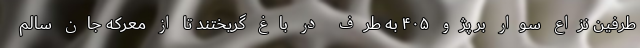
طرفین نزاع سوار بر پژو ۴۰۵ به طرف در باغ گریختند تا از معرکه جان سالم